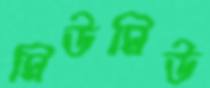
মিউমিউ